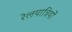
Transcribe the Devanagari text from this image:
रेलयात्रियों